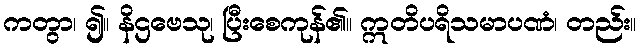
ကတွာ၊ ၍။ နိဌဗေသု၊ ပြီးစေကုန်၏။ ဣတိပရိသမာပဏံ၊ တည်း။